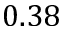
0 . 3 8